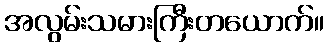
အလွမ်းသမားကြီးတယောက်။